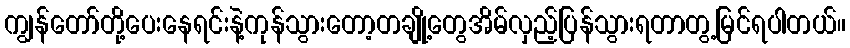
ကျွန်တော်တို့ပေးနေရင်းနဲ့ကုန်သွားတော့တချို့တွေအိမ်လှည့်ပြန်သွားရတာတွ့မြင်ရပါတယ်။